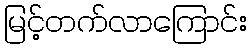
မြင့်တက်လာကြောင်း